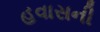
હવાસની